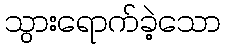
သွားရောက်ခဲ့သော